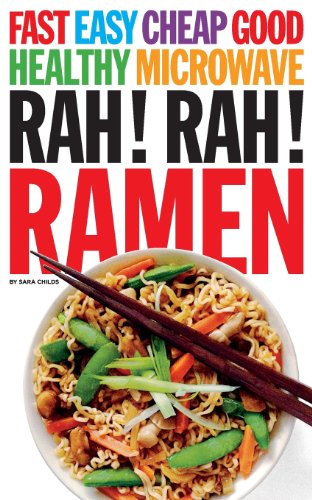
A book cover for Rah! Rah! Ramen; Sara Childs; Cookbooks, Food & Wine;